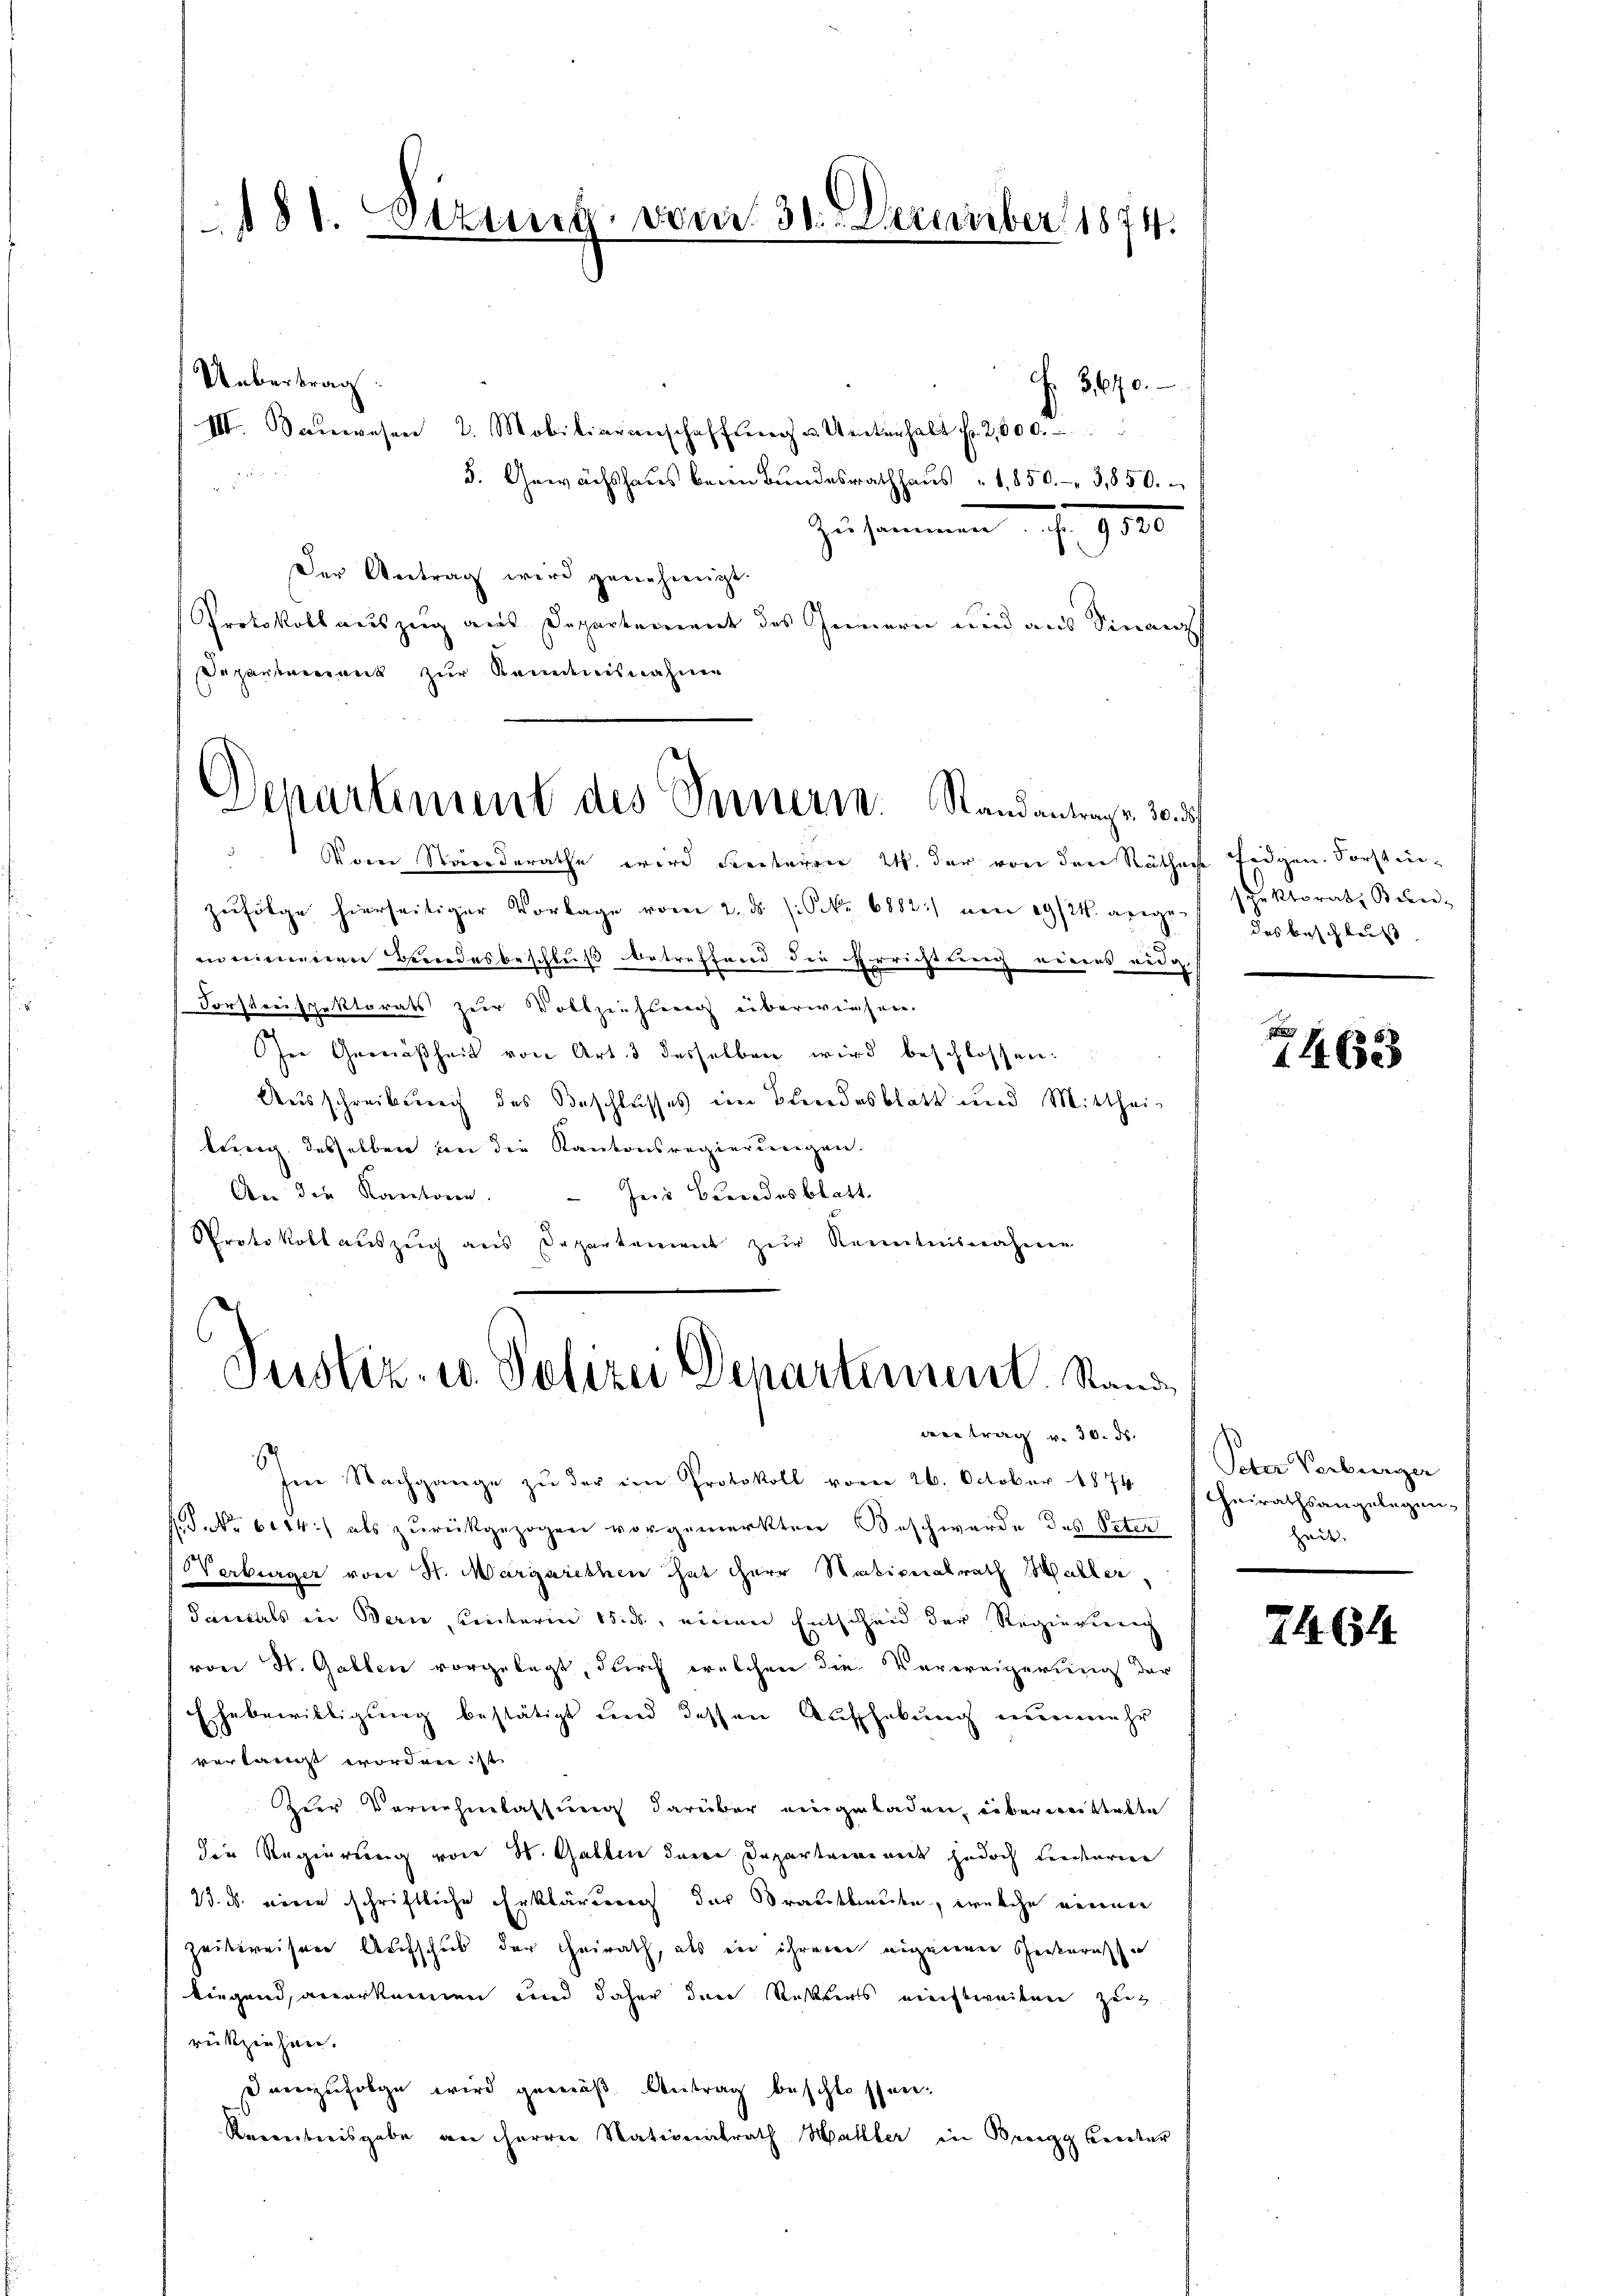
181. Sizung vom 31. 5 Dezember 1874.

f. 3640.
III. Sanwesen 2. Mobiliarenschaffung u. Unterhalt f. 2,000.

5. Gewächshaus beim Bundesrathhaus 1850.- 3,850.
Zusammen u. 1810
Der Antrag wird genehmigt.
Protokoll auszug aus Departement des Innern und aus Finanz
Departement zur Kenntnisnahme
Voren Ständerathe eine Freiterger 2. der von den Räthache fidgen. Vorstenzufolge hierseitiger Vorlage vom 2. ds (S. 6882:/ von 19/21. angeen nimmen Beendesbeschluß betreffend die Errichtung eines eidg.
Forsterispektorats zur Vollziehung überwiesen.
Ire Gemäßheit von Art. 3 desselben wird beschlossen:
Ausschreibung des Beschlusses im Bundesblatt und Mitthei-
tung desselben an die Kantonsregierungen.
An die Kantone. - Jes Candesblatt.
Protokollauszug aus Departement zur Kenntnisnahme

Uebertrag

Departement des Seinerie. Standantrags 10. des

Justiz- u. Polizei Departement, Stande

retrag v. 30. ds.

Im Nachgange zu der im Protokoll vom 26. October 1874 scheirathsangelegen-
.P. Nr. 6014.) als zurückgezogen vorgemerkten Beschwerde des Peter
Verbürger von H. Margarethen hat herr Stativeralrath Haller
damals in Bern, unteren 155, einen Entscheid der Regierung
von H. Gallen vorgelegt, durch welchen die Verweigerung der
Ehebewilligung bestätigt und dessen Aufhebung nunmehr
verlangt worden ist
zier Vernehmlassung darüber eingeladen, überweittelte
die Regierung von H. Gallen denen Departement jedoch liederien
23. d. einen schriftliche Erklärung der Brautbanden, welche nennen
zeitweisen Aufschub der Heirath, als ein ihrem eigenen Gesteresse
liegend, anerkennen und daher den Resterts einstweilen zeig
rückziehen.
danzufolge wird gemäß Antrag beschlossen.
Racentreisgabe an Herrn Nationalrath Haller in Bregg Creter

sehr ktorat Bundes Beschluß

prang
1462

Peter Verbürger
zeit.

24. 64